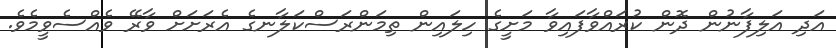
އަދި އަލިފާނުން ދޮން ކުރައްވާފައިވާ މަށީގެ ހިލައިން ތިމަންރަސްކަލާނގެ އެރަށަށް ވާރޭ ވެއްސެވީމެވެ.